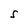
Character: S